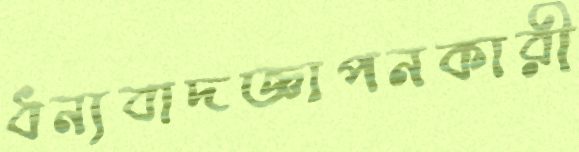
ধন্যবাদজ্ঞাপনকারী